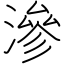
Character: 滲